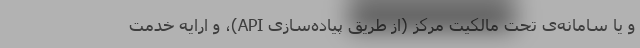
و یا سامانه‌ی تحت مالکیت مرکز (از طریق پیاده‌سازی API)، و ارایه خدمت